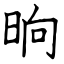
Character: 晌